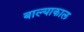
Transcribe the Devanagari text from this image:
बाल्याकाल